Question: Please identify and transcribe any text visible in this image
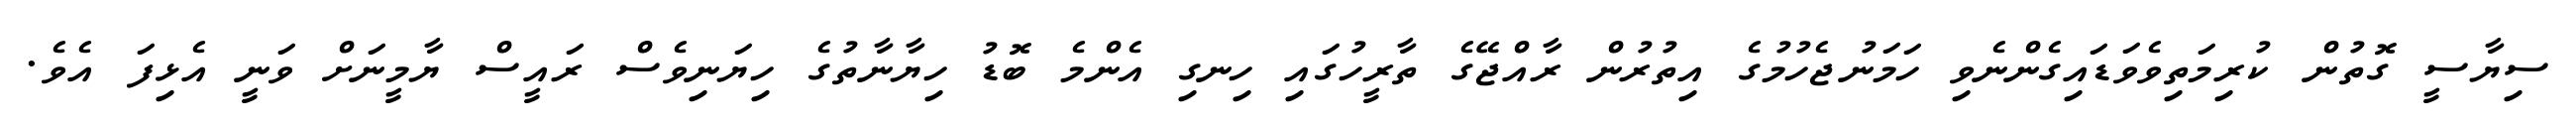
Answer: ސިޔާސީ ގޮތުން ކުރިމަތިވެވަޑައިގެންނެވި ހަމަނުޖެހުމުގެ އިތުރުން ރާއްޖޭގެ ތާރީހުގައި ހިނގި އެންމެ ބޮޑު ހިޔާނާތުގެ ހިޔަނިވެސް ރައީސް ޔާމީނަށް ވަނީ އެޅިފަ އެވެ.